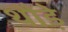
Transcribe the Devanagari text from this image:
थौड़े